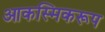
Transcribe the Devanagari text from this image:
आकस्मिकरूप